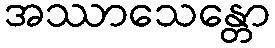
အဿာသေန္တော